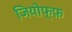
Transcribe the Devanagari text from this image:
जियोफ्फ़